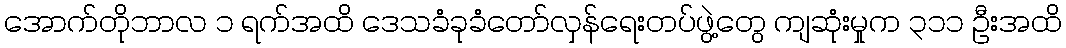
အောက်တိုဘာလ ၁ ရက်အထိ ဒေသခံခုခံတော်လှန်ရေးတပ်ဖွဲ့တွေ ကျဆုံးမှုက ၃၁၁ ဦးအထိ